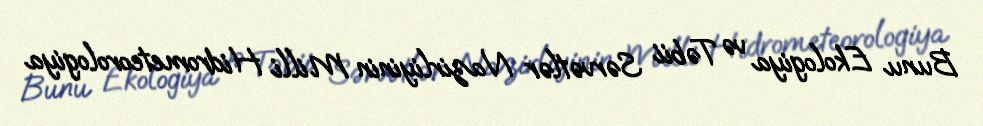
Bunu Ekologiya və Təbii Sərvətlər Nazirliyinin Milli Hidrometeorologiya